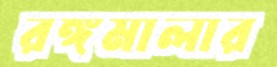
রঙ্গমালার